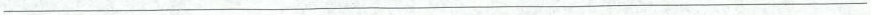
___